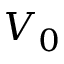
V _ { 0 }